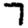
Digit: 7